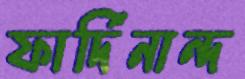
ফার্দিনান্দ